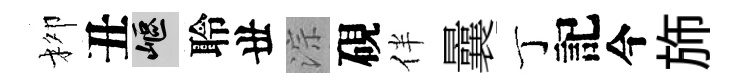
柳丑嶇聆丗淙硯伴曩丁記今斾